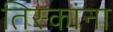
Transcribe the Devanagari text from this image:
तिस्कांना